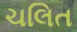
ચલિત